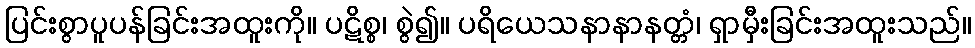
ပြင်းစွာပူပန်ခြင်းအထူးကို။ ပဋိစ္စ၊ စွဲ၍။ ပရိယေသနာနာနတ္တံ၊ ရှာမှီးခြင်းအထူးသည်။